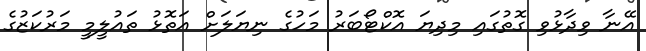
އޭނާ ވިދާޅުވި ގޮތުގައި މިދިޔަ އޮކްޓޯބަރު މަހުގެ ނިޔަލަށް އަތޮޅު ތައުލީމީ މަރުކަޒުގެ